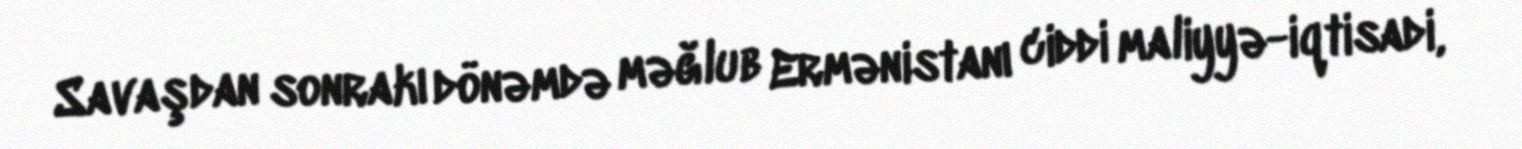
Savaşdan sonrakı dönəmdə məğlub Ermənistanı ciddi maliyyə-iqtisadi,